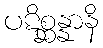
ပဋိစ္ဆန္နာနိ